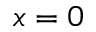
x = 0